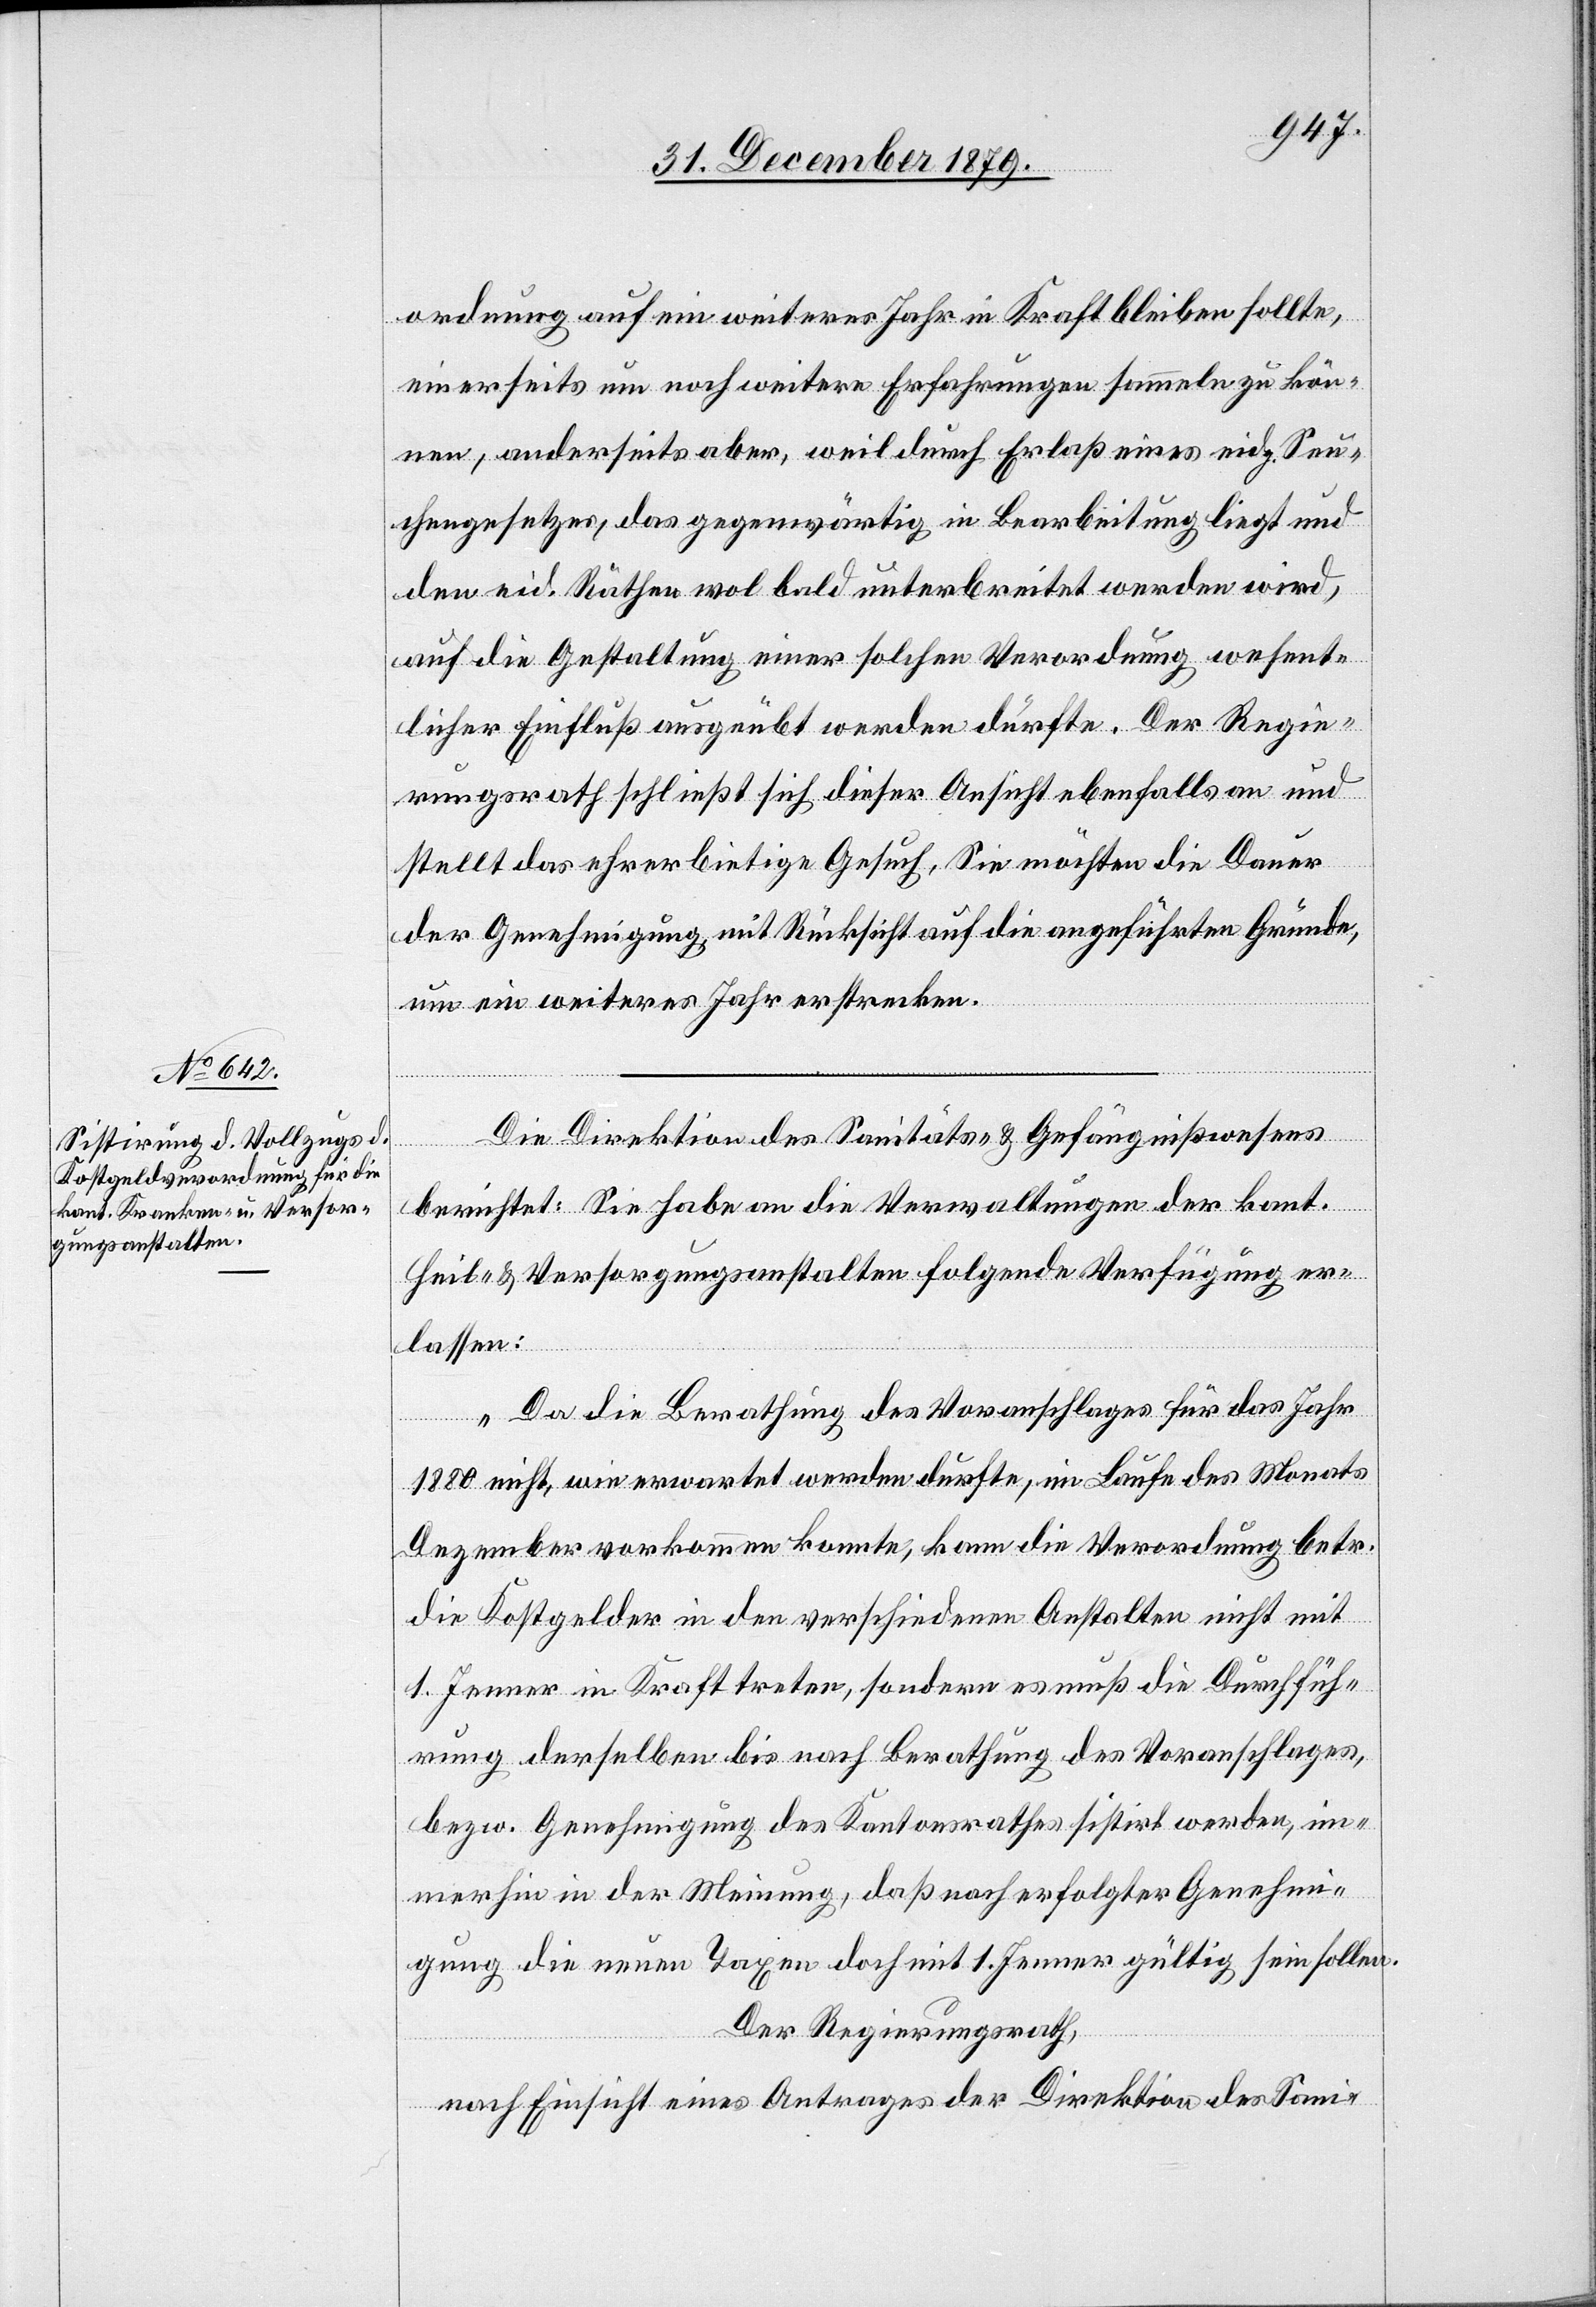
ordnung auf ein weiteres Jahr in Kraft bleiben sollte,
einerseits um noch weitere Erfahrungen sammeln zu kön¬
nen, anderseits aber, weil durch Erlaß eines eidg. Seu¬
chengesetzes, das gegenwärtig in Bearbeitung liegt und
den eid. Räthen wol bald unterbreitet werden wird,
auf die Gestaltung einer solchen Verordnung wesent¬
licher Einfluß ausgeübt werden dürfte. Der Regie¬
rungsrath schließt sich dieser Ansicht ebenfalls an und
stellt das ehrerbietige Gesuch, Sie möchten die Dauer
der Genehmigung, mit Rücksicht auf die angeführten Gründe,
um ein weiteres Jahr erstrecken.“
Die Direktion des Sanitäts- & Gefängnißwesens
Heil- & Versorgungsanstalten folgende Verfügung er¬
lassen:
„Da die Berathung des Voranschlages für das Jahr
1880 nicht, wie erwartet werden dürfte, im Laufe des Monats
Dezember vorkommen konnte, kann die Verordnung betr.
die Kostgelder in den verschiedenen Anstalten nicht mit
1. Jenner in Kraft treten, sondern es muß die Durchfüh¬
rung derselben bis nach Berathung des Voranschlages,
bezw. Genehmigung des Kantonsrathes sistirt werden, im¬
merhin in der Meinung, daß nach erfolgter Genehmi¬
gung die neuen Taxen doch mit 1. Jenner gültig sein sollen.
Der Regierungsrath,
nach Einsicht eines Antrages der Direktion des Sani-